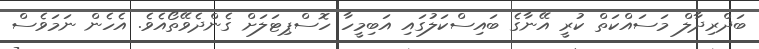
ބަދްރިދާލް މަސައްކަތް ކުރީ އޭނާގެ ބައިސްކަލުގައި އަބިމީހާ ހޮސްޕިޓަލަށް ގެންދެވޭތޯއެވެ. އެހެން ނަމަވެސް